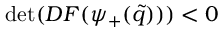
\operatorname* { d e t } ( D F ( \psi _ { + } ( \tilde { q } ) ) ) < 0